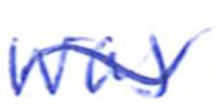
Text: was
Cross-out: wave
Writing tool: ballpoint